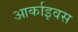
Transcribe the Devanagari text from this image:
आर्काइवस